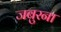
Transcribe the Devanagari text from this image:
जबुरना